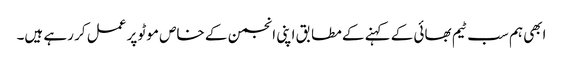
ابھی ہم سب ٹیم بھائی کے کہنے کے مطابق اپنی انجمن کے خاص موٹو پر عمل کر رہے ہیں۔